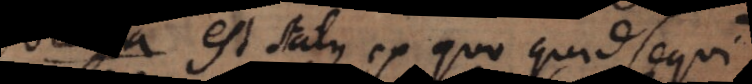
a est status ex quo quid sequi